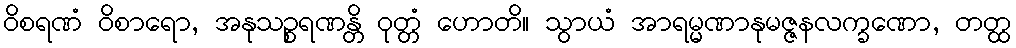
ဝိစရဏံ ဝိစာရော, အနုသဉ္စရဏန္တိ ဝုတ္တံ ဟောတိ။ သွာယံ အာရမ္မဏာနုမဇ္ဇနလက္ခဏော, တတ္ထ